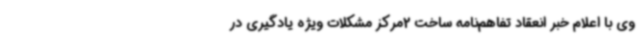
وی با اعلام خبر انعقاد تفاهم‌نامه ساخت 2مرکز مشکلات ویژه یادگیری در